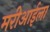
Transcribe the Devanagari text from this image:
मरीआईला